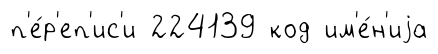
п'е́р'еп'ис'и 224139 код им'е́н'иjа